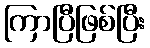
ကြာပြီဖြစ်ပြီး